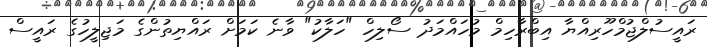
ރައީސުލްޖުމްހޫރިއްޔާ އިބްރާހިމް މުހައްމަދު ސޯލިހް "ހަލާކު" ވާނެ ކަމަށް ރައްޔިތުންގެ މަޖިލީހުގެ ރައީސް